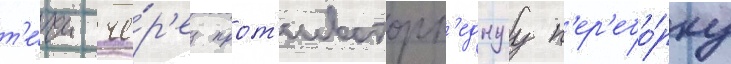
т'е́чи че́р'ез прот'ивоторп'еднуу п'ер'ебо́рку